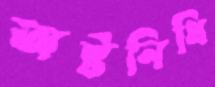
অষ্টনিধি